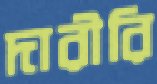
দারীরি